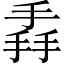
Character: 掱